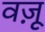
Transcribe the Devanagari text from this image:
वज़ू